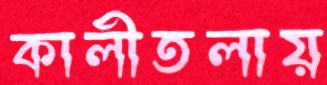
কালীতলায়